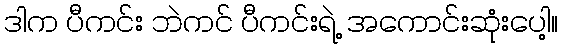
ဒါက ပီကင်း ဘဲကင် ပီကင်းရဲ့ အကောင်းဆုံးပေါ့။